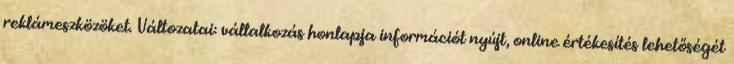
reklámeszközöket. Változatai: vállalkozás honlapja információt nyújt, online értékesítés lehetőségét